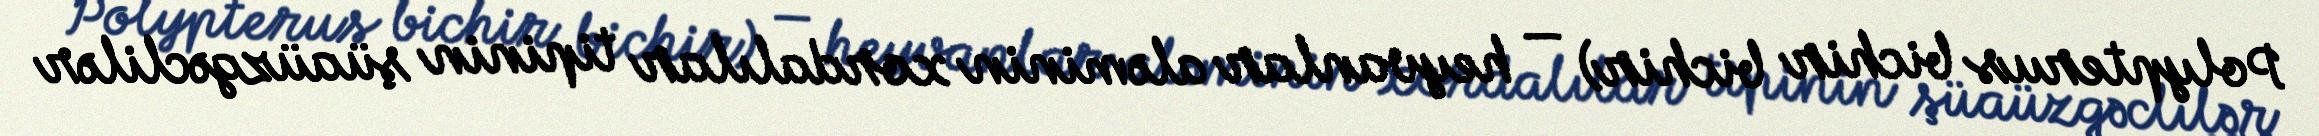
Polypterus bichir bichir) — heyvanlar aləminin xordalılar tipinin şüaüzgəclilər